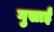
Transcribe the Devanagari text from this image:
गुसाईँ